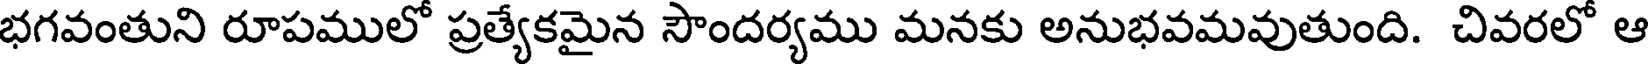
భగవంతుని రూపములో ప్రత్యేకమైన సౌందర్యము మనకు అనుభవమవుతుంది. చివరలో ఆ